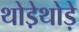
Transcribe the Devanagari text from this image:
थोडे़थोड़े